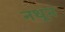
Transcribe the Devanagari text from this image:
नथून